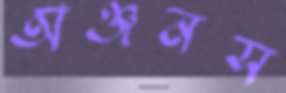
অঞ্জনস